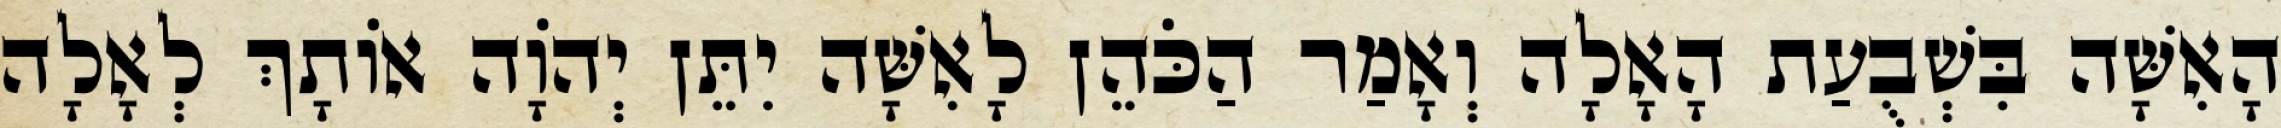
הָאִשָּׁה בִּשְׁבֻעַת הָאָלָה וְאָמַר הַכֹּהֵן לָאִשָּׁה יִתֵּן יְהוָֹה אוֹתָךְ לְאָלָה